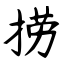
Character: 捞